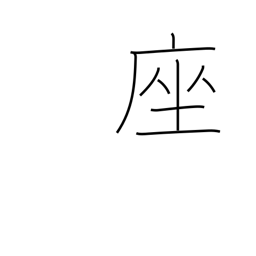
Meaning: cushion